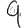
Digit: 9